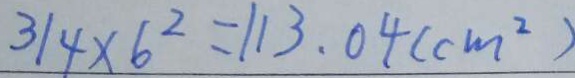
3 1 4 \times 6 ^ { 2 } = 1 1 3 . 0 4 ( c m ^ { 2 } )